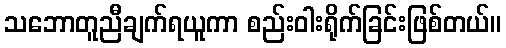
သဘောတူညီချက်ရယူကာ စည်းဝါးရိုက်ခြင်းဖြစ်တယ်။